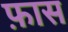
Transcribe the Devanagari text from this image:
फ़ास